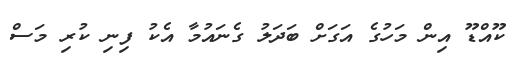
ކޫއްޑޫ އިން މަހުގެ އަގަށް ބަދަލު ގެނައުމާ އެކު ފިނި ކުރި މަސް